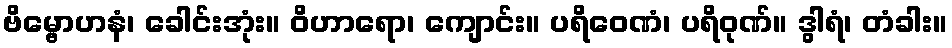
ဗိမ္ဗောဟနံ၊ ခေါင်းအုံး။ ဝိဟာရော၊ ကျောင်း။ ပရိဝေဏံ၊ ပရိဝုဏ်။ ဒွါရံ၊ တံခါး။